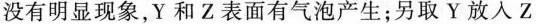
没有明显现象，Y和Z表面有气泡产生；另取Y放入Z